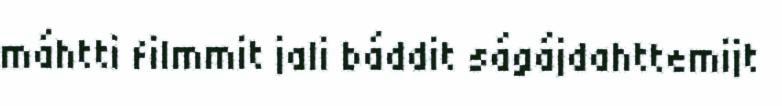
máhtti filmmit jali báddit ságájdahttemijt